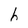
Character: h